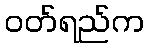
ဝတ်ရည်က